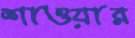
শাওয়ার